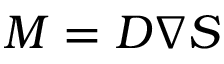
{ M } = D \nabla S